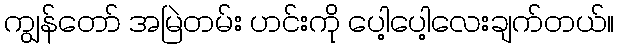
ကျွန်တော် အမြဲတမ်း ဟင်းကို ပေါ့ပေါ့လေးချက်တယ်။